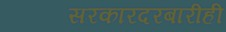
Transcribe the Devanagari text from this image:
सरकारदरबारीही